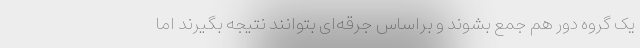
یک گروه دور هم جمع بشوند و براساس جرقه‌ای بتوانند نتیجه بگیرند اما